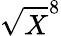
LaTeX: \sqrt{X}^{8}